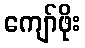
ကျော်ဖိုး